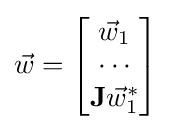
{\vec {w}}={\begin{bmatrix}{\vec {w}}_{1}\\\cdots \\{\textbf {J}}{\vec {w}}_{1}^{*}\end{bmatrix}}